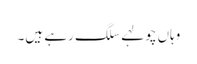
وہاں چولہے سلگ رہے ہیں۔